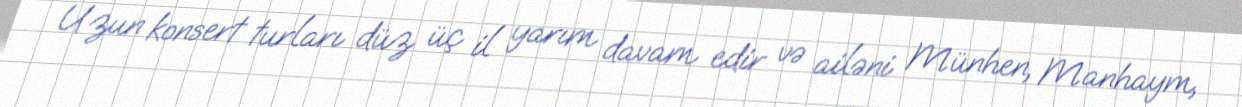
Uzun konsert turları düz üç il yarım davam edir və ailəni Münhen, Manhaym,